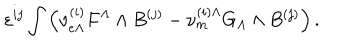
\varepsilon ^ { i j } \int \left( { \nu } _ { e \Lambda } ^ { ( i ) } F ^ { \Lambda } \wedge B ^ { ( j ) } - { \nu } _ { m } ^ { ( i ) \Lambda } G _ { \Lambda } \wedge B ^ { ( j ) } \right) .